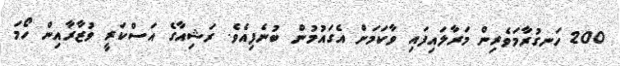
200 ހަނގުރާމަވެރިން މަރާލައިފައި ވާކަމަށް އެގައުމުން ބުނެފިއެވެ. ރަޝިއާގެ އަސްކަރީ ވުޒާރާއިން ހޯމަ